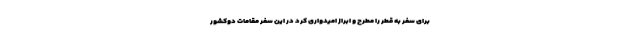
برای سفر به قطر را مطرح و ابراز امیدواری کرد در این سفر مقامات دوکشور